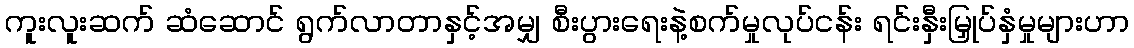
ကူးလူးဆက် ဆံဆောင် ရွက်လာတာနှင့်အမျှ စီးပွားရေးနဲ့စက်မှုလုပ်ငန်း ရင်းနှီးမြှုပ်နှံမှုများဟာ